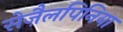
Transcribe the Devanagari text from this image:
सेज़ैलपिनिया